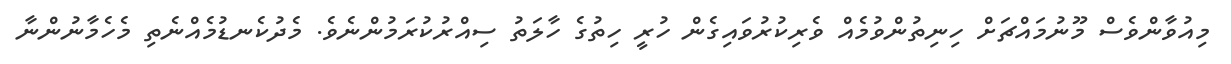
މިއުވާންވެސް މޫނުމައްޗަށް ހިނިތުންވުމެއް ވެރިކުރުވައިގެން ހުރީ ހިތުގެ ހާލަތު ސިއްރުކުރަމުންނެވެ. މެދުކެނޑުމެއްނެތި މެހެމާނުންނާ